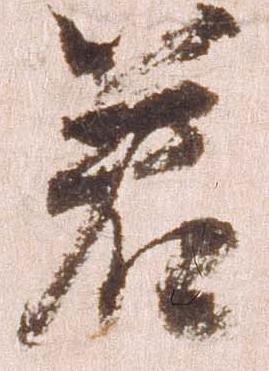
若